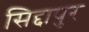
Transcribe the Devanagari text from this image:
सिद्दापुर